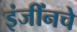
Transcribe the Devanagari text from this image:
इंजींनचे